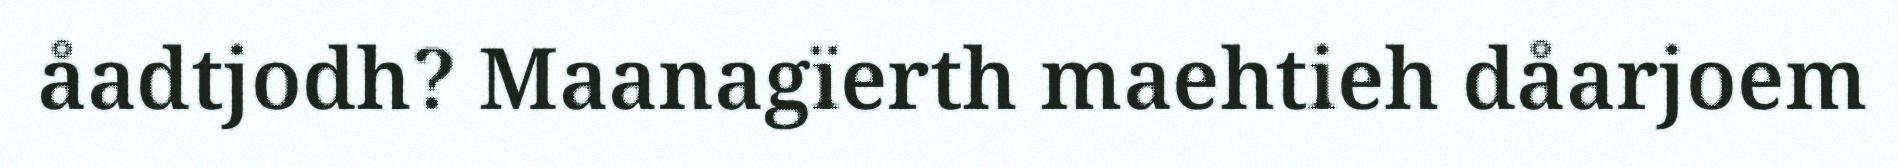
åadtjodh? Maanagïerth maehtieh dåarjoem